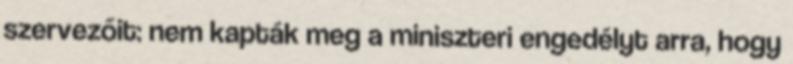
szervezőit: nem kapták meg a miniszteri engedélyt arra, hogy